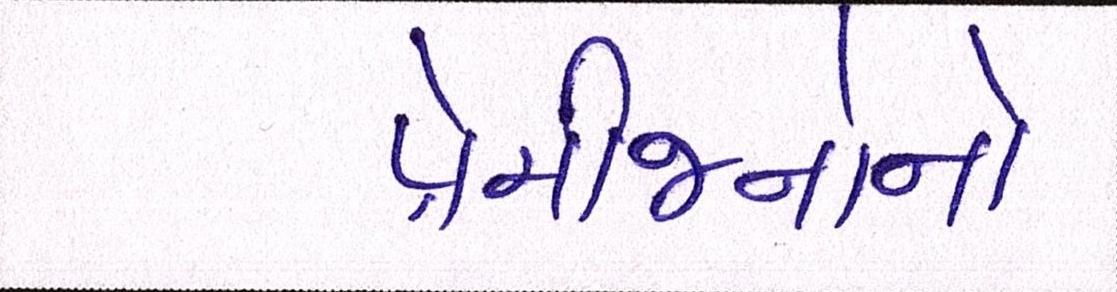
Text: પ્રેમીજનોનો